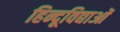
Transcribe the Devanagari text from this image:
हिन्दूविद्याओं